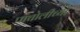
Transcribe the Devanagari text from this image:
पांचोलीच्या